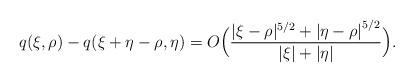
LaTeX: \begin{align*}q(\xi,\rho) - q(\xi+\eta-\rho,\eta)= O \Big( \frac{|\xi-\rho|^{5/2} + {|\eta-\rho|}^{5/2} }{ |\xi| + |\eta| } \Big) .\end{align*}